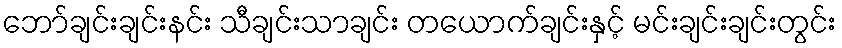
ဘော်ချင်းချင်းနင်း သီချင်းသာချင်း တယောက်ချင်းနှင့် မင်းချင်းချင်းတွင်း